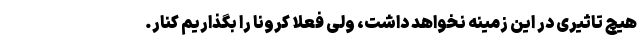
هیچ تاثیری در این زمینه نخواهد داشت، ولی فعلا کرونا را بگذاریم کنار.